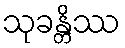
သုခန္တိဿ